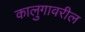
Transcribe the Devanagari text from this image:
कालुगावरील